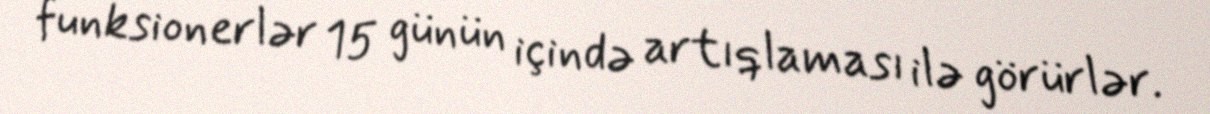
funksionerlər 15 günün içində artıqlaması ilə görürlər.